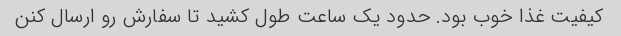
کیفیت غذا خوب بود. حدود یک ساعت طول کشید تا سفارش رو ارسال کنن